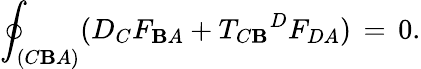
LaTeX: {\oint}_{(C\mathbf{B}A)}(D_{C}F_{\mathbf{B}A}+{{T_{C\mathbf{B}}}^{D}}F_{DA})\, =\, 0.